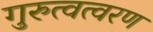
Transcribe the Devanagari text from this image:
गुरुत्वत्वरण